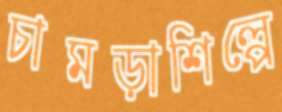
চামড়াশিল্পে